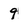
Character: 9